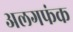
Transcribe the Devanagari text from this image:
अलगफंक